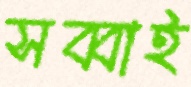
সব্বাই